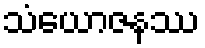
သံယောဇနဿ